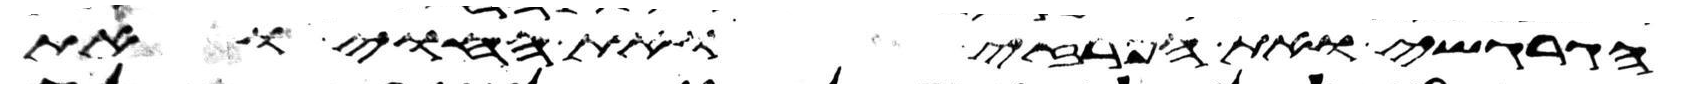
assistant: הגרגשי ואת הפרזי ואת החוי ואת